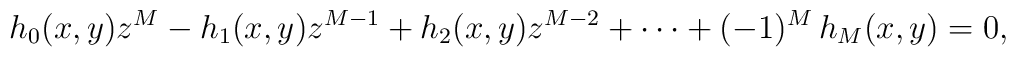
h_0(x,y)z^M-h_1(x,y)z^{M-1}+h_2(x,y)z^{M-2}+\cdots+(-1)^M\,h_M(x,y) =0,